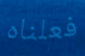
فعلناه